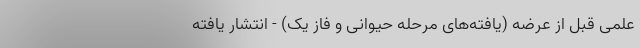
علمی قبل از عرضه (یافته‌های مرحله حیوانی و فاز یک) - انتشار یافته